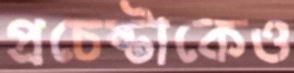
প্রচেষ্টাকেও